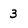
Character: 3